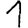
Digit: 1